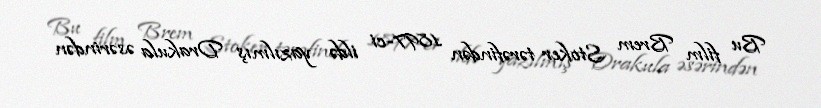
Bu film Brem Stoker tərəfindən 1897-ci ildə yazılmış Drakula əsərindən